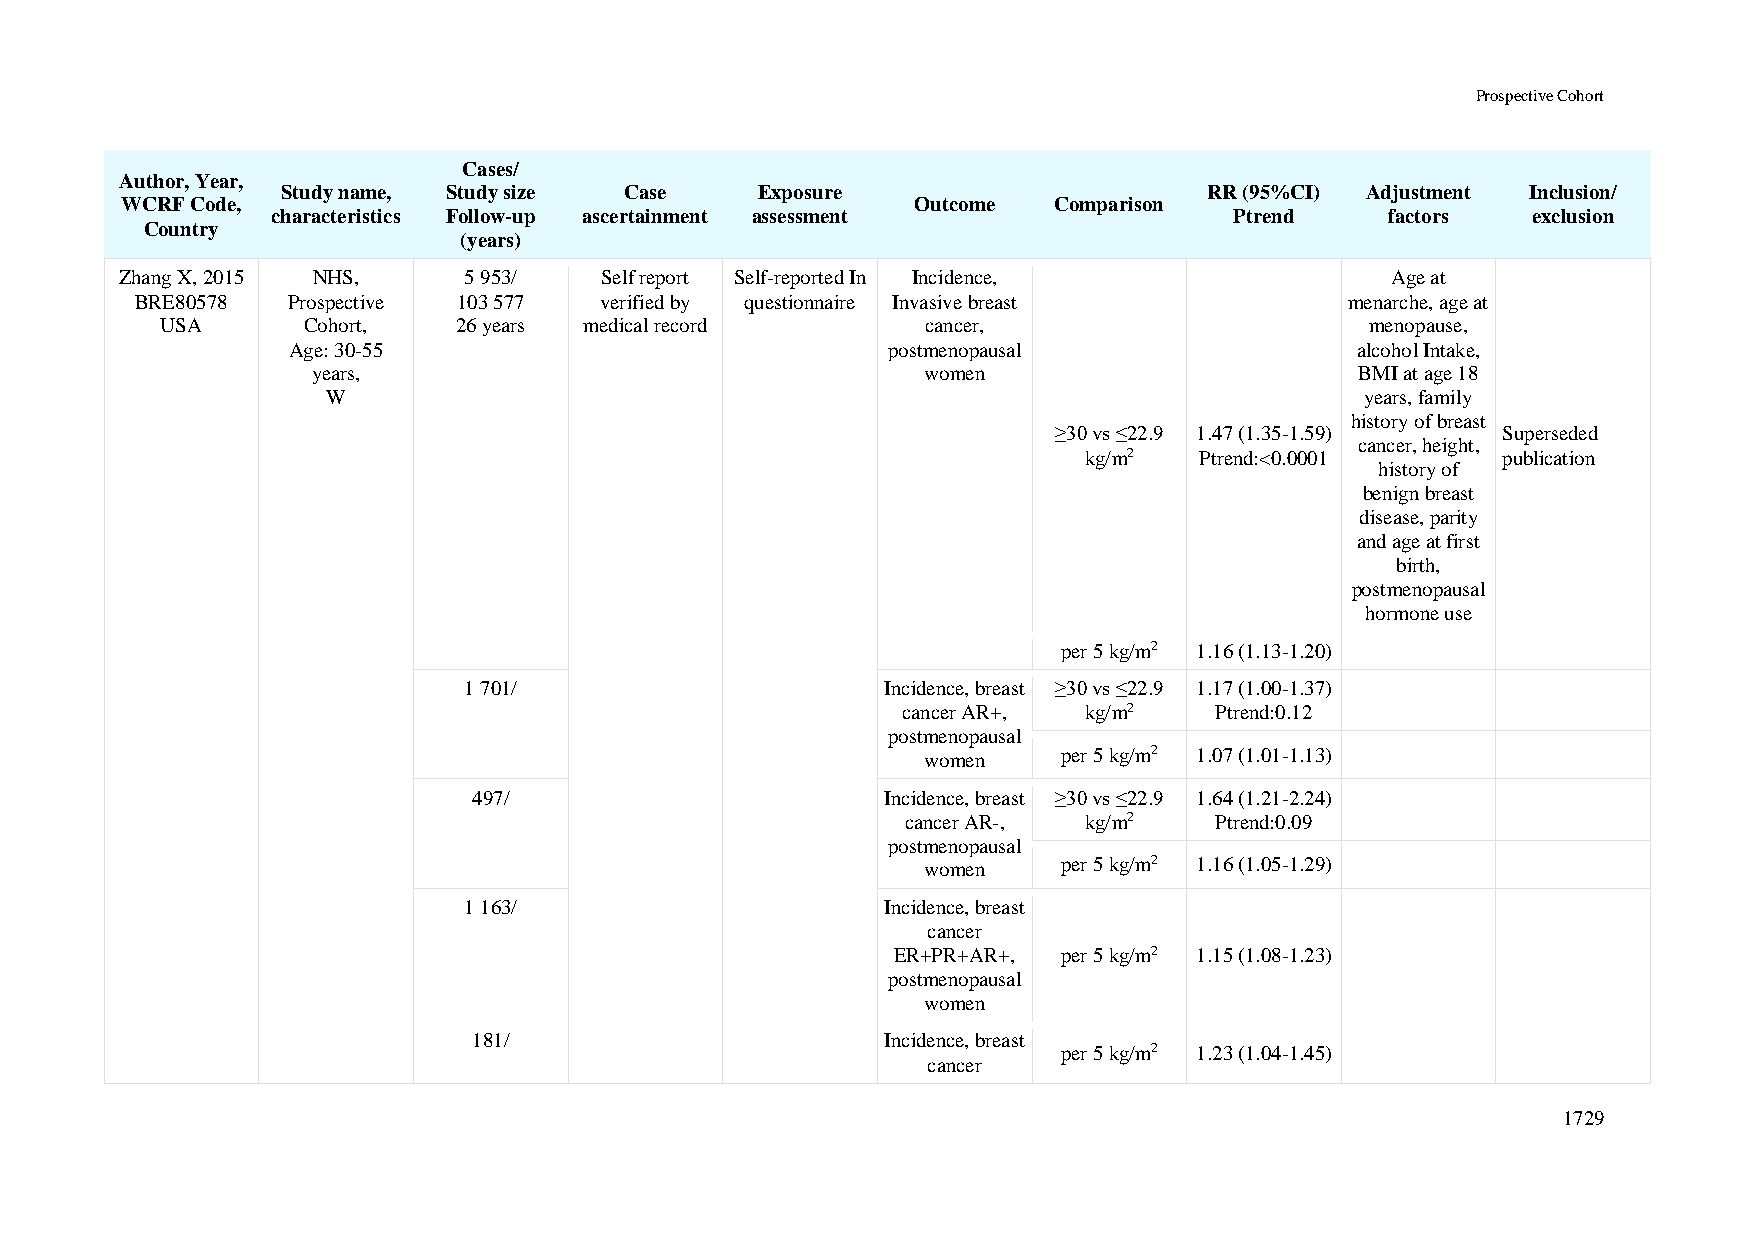
Prospective Cohort
 Cases/
 Author, Year,
 Study name, Study size Case    Exposure                      RR (95%CI) Adjustment Inclusion/
 WCRF Code,                                           Outcome  Comparison
 characteristics Follow-up ascertainment assessment              Ptrend    factors  exclusion
 Country
 (years)
 Zhang X, 2015 NHS,     5 953/   Self report Self-reported In Incidence,             Age at
 BRE80578  Prospective 103 577  verified by questionnaire Invasive breast        menarche, age at
 USA      Cohort,   26 years medical record        cancer,                       menopause,
 Age: 30-55                              postmenopausal                 alcohol Intake,
 years,                                  women                        BMI at age 18
 W                                                                   years, family
 history of breast
 ≥30 vs ≤22.9 1.47 (1.35-1.59) Superseded
 cancer, height,
 kg/m2  Ptrend:<0.0001      publication
 history of
 benign breast
 disease, parity
 and age at first
 birth,
 postmenopausal
 hormone use
 per 5 kg/m2 1.16 (1.13-1.20)
 1 701/                      Incidence, breast ≥30 vs ≤22.9 1.17 (1.00-1.37)
 cancer AR+, kg/m2   Ptrend:0.12
 postmenopausal
 women    per 5 kg/m2 1.07 (1.01-1.13)
 497/                        Incidence, breast ≥30 vs ≤22.9 1.64 (1.21-2.24)
 cancer AR-, kg/m2   Ptrend:0.09
 postmenopausal
 women    per 5 kg/m2 1.16 (1.05-1.29)
 1 163/                      Incidence, breast
 cancer
 ER+PR+AR+, per 5 kg/m2 1.15 (1.08-1.23)
 postmenopausal
 women
 181/                        Incidence, breast
 per 5 kg/m2 1.23 (1.04-1.45)
 cancer
 1729